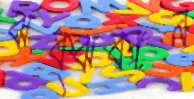
ঝক্‌ঝকান